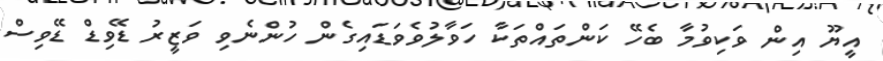
އީޔޫ އިން ވަކިވުމާ ބެހޭ ކަންތައްތަކާ ހަވާލުވެވަޑައިގެން ހުންނެވި ވަޒީރު ޑޭވިޑް ޑޭވިސް